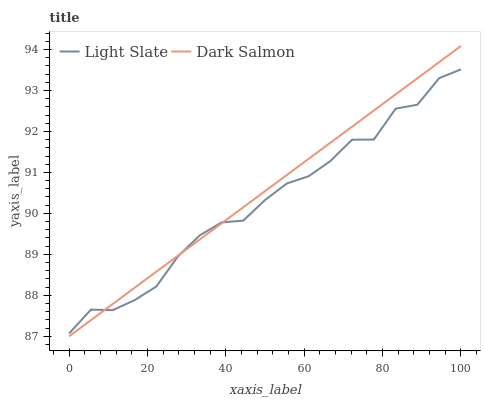
| xaxis_label | Light Slate | Dark Salmon |
 | --- | --- | --- |
 | 0 | 87.1 | 87 |
 | 5.56 | 87.7 | 87.4 |
 | 11.1 | 87.6 | 87.8 |
 | 16.7 | 87.9 | 88.2 |
 | 22.2 | 88.2 | 88.6 |
 | 27.8 | 89 | 89 |
 | 33.3 | 89.5 | 89.4 |
 | 38.9 | 89.8 | 89.8 |
 | 44.4 | 89.8 | 90.1 |
 | 50 | 90.3 | 90.5 |
 | 55.6 | 90.7 | 90.9 |
 | 61.1 | 90.9 | 91.3 |
 | 66.7 | 91.3 | 91.7 |
 | 72.2 | 91.8 | 92.1 |
 | 77.8 | 91.8 | 92.5 |
 | 83.3 | 92.6 | 92.9 |
 | 88.9 | 92.7 | 93.3 |
 | 94.4 | 93.3 | 93.7 |
 | 100 | 93.5 | 94.1 |